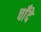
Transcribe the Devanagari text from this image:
चाँदे